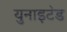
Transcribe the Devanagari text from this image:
युनाइट॓ड